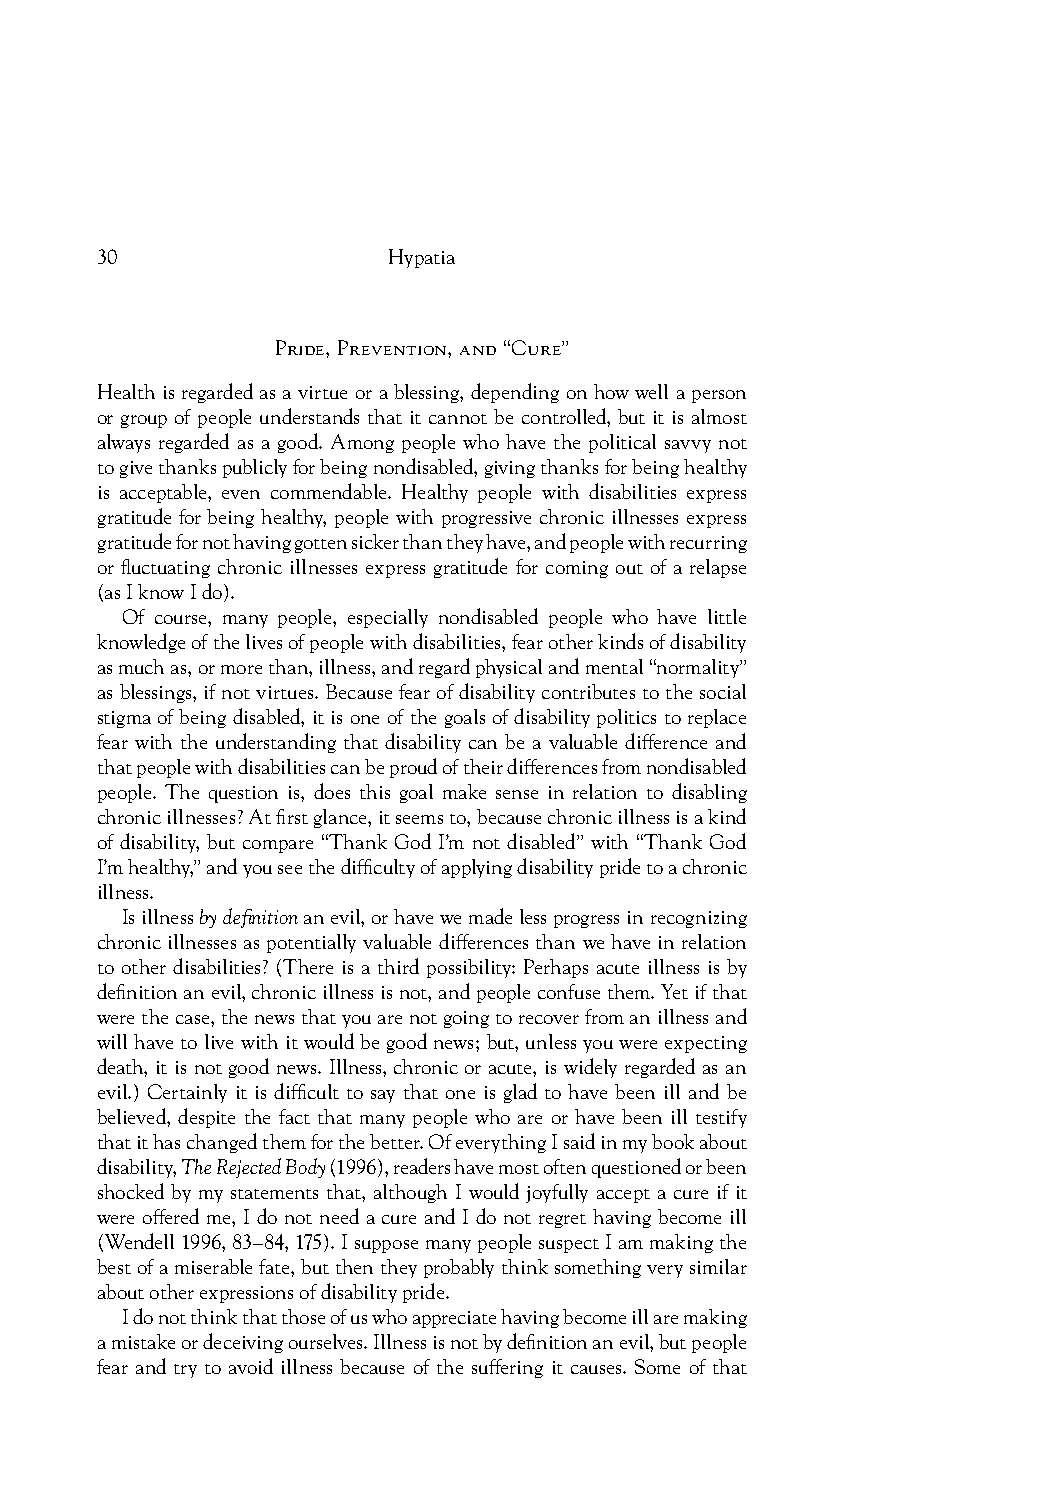
30                  Hypatia
 Pride, Prevention, and “Cure”
 Health is regarded as a virtue or a blessing, depending on how well a person
 or group of people understands that it cannot be controlled, but it is almost
 always regarded as a good. Among people who have the political savvy not
 to give thanks publicly for being nondisabled, giving thanks for being healthy
 is acceptable, even commendable. Healthy people with disabilities express
 gratitude for being healthy, people with progressive chronic illnesses express
 gratitude for not having gotten sicker than they have, and people with recurring
 or fl uctuating chronic illnesses express gratitude for coming out of a relapse
 (as I know I do).
 Of course, many people, especially nondisabled people who have little
 knowledge of the lives of people with disabilities, fear other kinds of disability
 as much as, or more than, illness, and regard physical and mental “normality”
 as blessings, if not virtues. Because fear of disability contributes to the social
 stigma of being disabled, it is one of the goals of disability politics to replace
 fear with the understanding that disability can be a valuable difference and
 that people with disabilities can be proud of their differences from nondisabled
 people. The question is, does this goal make sense in relation to disabling
 chronic illnesses? At fi rst glance, it seems to, because chronic illness is a kind
 of disability, but compare “Thank God I’m not disabled” with “Thank God
 I’m healthy,” and you see the diffi culty of applying disability pride to a chronic
 illness.
 Is illness by defi nition an evil, or have we made less progress in recognizing
 chronic illnesses as potentially valuable differences than we have in relation
 to other disabilities? (There is a third possibility: Perhaps acute illness is by
 defi nition an evil, chronic illness is not, and people confuse them. Yet if that
 were the case, the news that you are not going to recover from an illness and
 will have to live with it would be good news; but, unless you were expecting
 death, it is not good news. Illness, chronic or acute, is widely regarded as an
 evil.) Certainly it is diffi cult to say that one is glad to have been ill and be
 believed, despite the fact that many people who are or have been ill testify
 that it has changed them for the better. Of everything I said in my book about
 disability, The Rejected Body (1996), readers have most often questioned or been
 shocked by my statements that, although I would joyfully accept a cure if it
 were offered me, I do not need a cure and I do not regret having become ill
 (Wendell 1996, 83–84, 175). I suppose many people suspect I am making the
 best of a miserable fate, but then they probably think something very similar
 about other expressions of disability pride.
 I do not think that those of us who appreciate having become ill are making
 a mistake or deceiving ourselves. Illness is not by defi nition an evil, but people
 fear and try to avoid illness because of the suffering it causes. Some of that